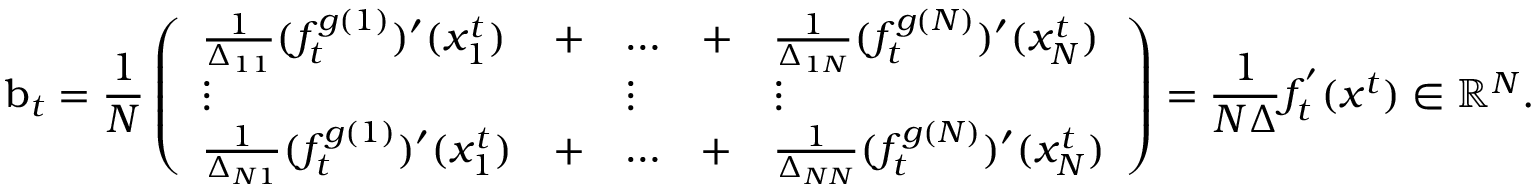
\boldsymbol { \mathrm { b } } _ { t } = \frac { 1 } { N } \left( \begin{array} { l l l l l } { \frac { 1 } { \Delta _ { 1 1 } } ( f _ { t } ^ { g ( 1 ) } ) ^ { \prime } ( x _ { 1 } ^ { t } ) } & { + } & { \ldots } & { + } & { \frac { 1 } { \Delta _ { 1 N } } ( f _ { t } ^ { g ( N ) } ) ^ { \prime } ( x _ { N } ^ { t } ) } \\ { \vdots } & & { \vdots } & & { \vdots } \\ { \frac { 1 } { \Delta _ { N 1 } } ( f _ { t } ^ { g ( 1 ) } ) ^ { \prime } ( x _ { 1 } ^ { t } ) } & { + } & { \ldots } & { + } & { \frac { 1 } { \Delta _ { N N } } ( f _ { t } ^ { g ( N ) } ) ^ { \prime } ( x _ { N } ^ { t } ) } \end{array} \right) = \frac { 1 } { N \boldsymbol { \Delta } } f _ { t } ^ { ' } ( x ^ { t } ) \in \mathbb { R } ^ { N } .